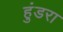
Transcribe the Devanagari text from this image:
हुंडरा